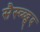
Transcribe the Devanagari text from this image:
सैस्च्व्द्च्द